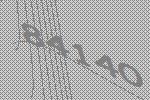
84140